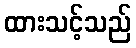
ထားသင့်သည်